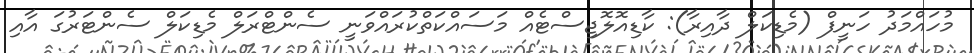
މުހައްމަދު ހަނީފް (މެޑިކަލް ދާއިރާ): ކާޑިއޮލޮޖިސްޓެއް މަސައްކަތްކުރައްވަނީ ސެންޓްރަލް މެޑިކަލް ސެންޓަރުގަ އާއި